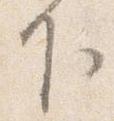
下